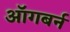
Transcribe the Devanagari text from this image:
ऑगबर्न